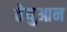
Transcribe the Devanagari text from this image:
तेयुआन